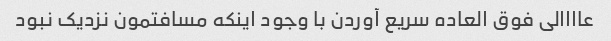
عاااالی فوق العاده سریع آوردن با وجود اینکه مسافتمون نزدیک نبود